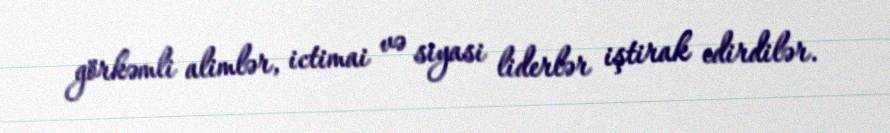
görkəmli alimlər, ictimai və siyasi liderlər iştirak edirdilər.